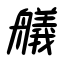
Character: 艤